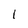
Character: l